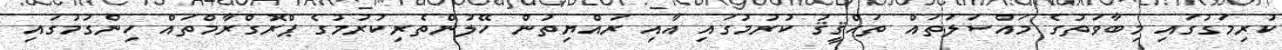
ކުރިމަގުގައި މިބާވަތުގެ މައްސަލަތައް ތަޙްޤީޤު ކުރުމުގައި އާއި ރައްޔިތުން ހޭލުންތެރިކުރުމުގެ ޕްރޮގްރާމްތައް ހިންގުމުގައި